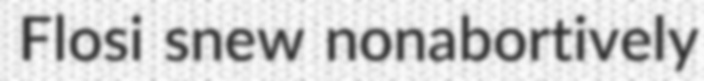
Flosi snew nonabortively